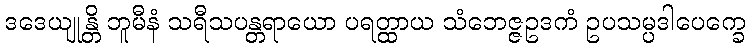
ဒဒေယျုန္တိ ဘူမီနံ သရီသပန္တရာယော ပရတ္ထာယ သံဘေဇ္ဇဥဒကံ ဥပသမ္ပဒါပေက္ခေ